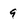
Character: 9